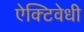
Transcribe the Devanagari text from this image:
ऐक्टिवेधी